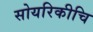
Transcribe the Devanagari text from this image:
सोयरिकीचि